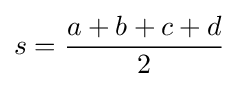
s={\frac {a+b+c+d}{2}}